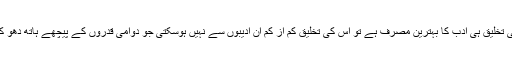
اور اگر حسن کی تخلیق ہی ادب کا بہترین مصرف ہے تو اس کی تخلیق کم از کم ان ادیبوں سے نہیں ہوسکتی جو دوامی قدروں کے پیچھے ہاتھ دھو کر پڑ جاتے ہیں۔